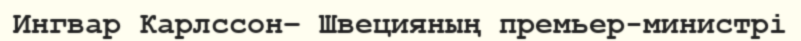
Ингвар Карлссон– Швецияның премьер-министрі